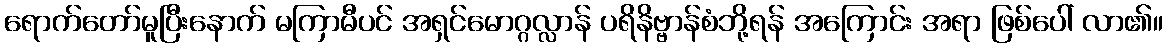
ရောက်တော်မူပြီးနောက် မကြာမီပင် အရှင်မောဂ္ဂလ္လာန် ပရိနိဗ္ဗာန်စံဘို့ရန် အကြောင်း အရာ ဖြစ်ပေါ် လာ၏။